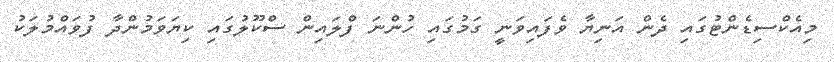
މިއެކްސިޑެންޓުގައި ދެން އަނިޔާ ވެފައިވަނީ ގަމުގައި ހުންނަ ފްލައިން ސްކޫލުގައި ކިޔަވަމުންދާ ފުވައްމުލަކު